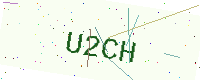
Text: U2CH